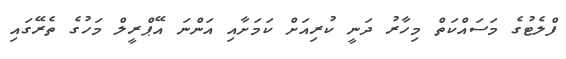
ފްލެޓުގެ މަސައްކަތް މިހާރު ދަނީ ކުރިއަށް ކަމަށާއި އަންނަ އޭޕްރީލް މަހުގެ ތެރޭގައި